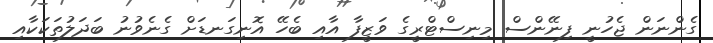
ގެންނަން ޖެހުނީ ފިނޭންސް މިނިސްޓްރީގެ ވަޒީފާ އާއި ބެހޭ އޮނިގަނޑަށް ގެނެވުނު ބަދަލުތަކަކާއި